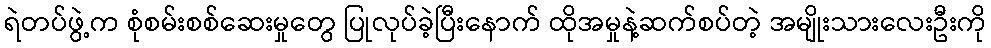
ရဲတပ်ဖွဲ့က စုံစမ်းစစ်ဆေးမှုတွေ ပြုလုပ်ခဲ့ပြီးနောက် ထိုအမှုနဲ့ဆက်စပ်တဲ့ အမျိုးသားလေးဦးကို